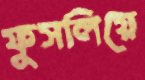
ফুসলিয়ে